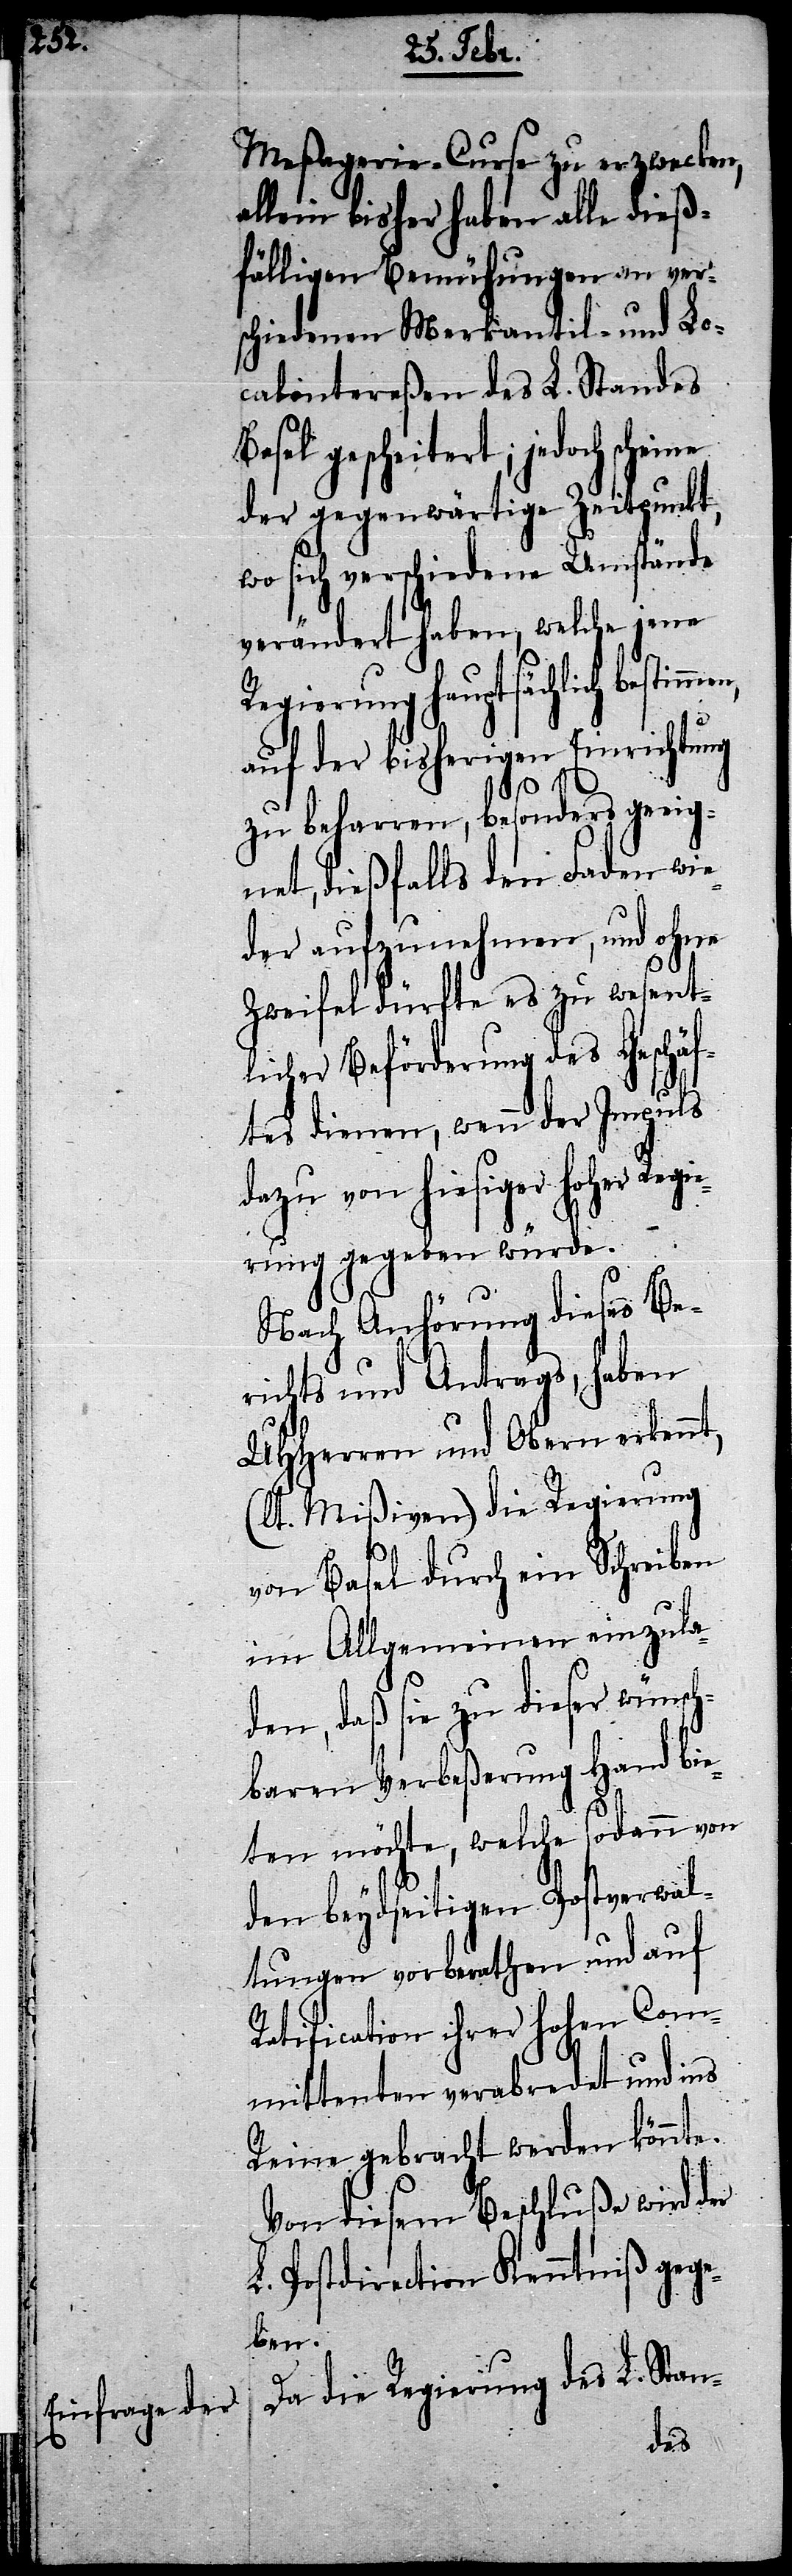
Meßagerie-Curse zu erzwecken,
allein bisher haben alle dieß¬
fälligen Bemühungen an ver¬
schiedenen Merkantil- und Lo¬
calintereßen des L. Standes
ert; jedoch scheine
der gegenwärtige Zeitpunkt,
wo sich verschiedene Umstände
verändert haben, welche jene
Regierung hauptsächlich
auf der bisherigen Einrichtung
zu beharren, besonders geeig¬
net, dießfalls den Faden wie¬
der aufzunehmen, und ohne
Zweifel dürfte es zu wesent¬
licher Beförderung des Geschäf¬
tes dienen, wenn der Impuls
dazu von hiesiger hoher Reg¬
ierung gegeben würde.
Nach Anhörung dieses Be¬
richts und Antrags, haben
UHHerren und Obern erkennt,
(lt. Mißiven) die Regierung
von Basel durch ein Schreiben
im Allgemeinen einzula¬
den, daß sie zu dieser wünsch¬
baren Verbeßerung Hand bie¬
ten möchte, welche sodann von
den beydseitigen Postverwal¬
tungen vorberathen und auf
Ratification ihrer hohen Com¬
mittenten verabredet und ins
Reine gebracht werden könnte.
Von diesem Beschluße wird der
L. Postdirection Kenntniß gege¬
ben.
Da die Regierung des L. Stan-